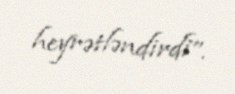
heyrətləndirdi”.